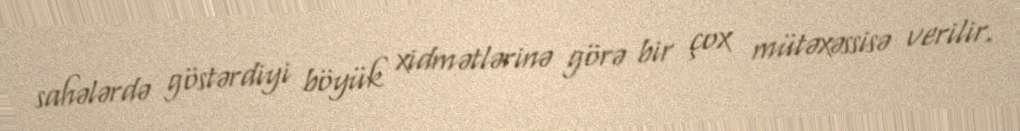
sahələrdə göstərdiyi böyük xidmətlərinə görə bir çox mütəxəssisə verilir.